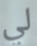
لي